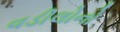
વડીલોનો